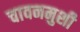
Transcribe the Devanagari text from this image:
चावनमुशी